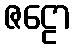
ဇဠော